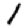
Digit: 1